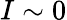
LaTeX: I\sim 0